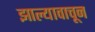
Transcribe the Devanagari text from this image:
झाल्यावाचून